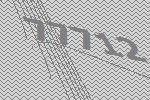
77712